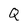
Character: Q